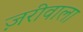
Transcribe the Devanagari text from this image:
ज़रीवाला